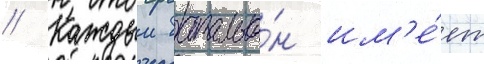
// Каждыи батальо́н им'е́ет